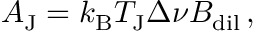
A _ { \mathrm { J } } = k _ { \mathrm { B } } T _ { \mathrm { J } } \Delta \nu B _ { \mathrm { d i l } } \, ,